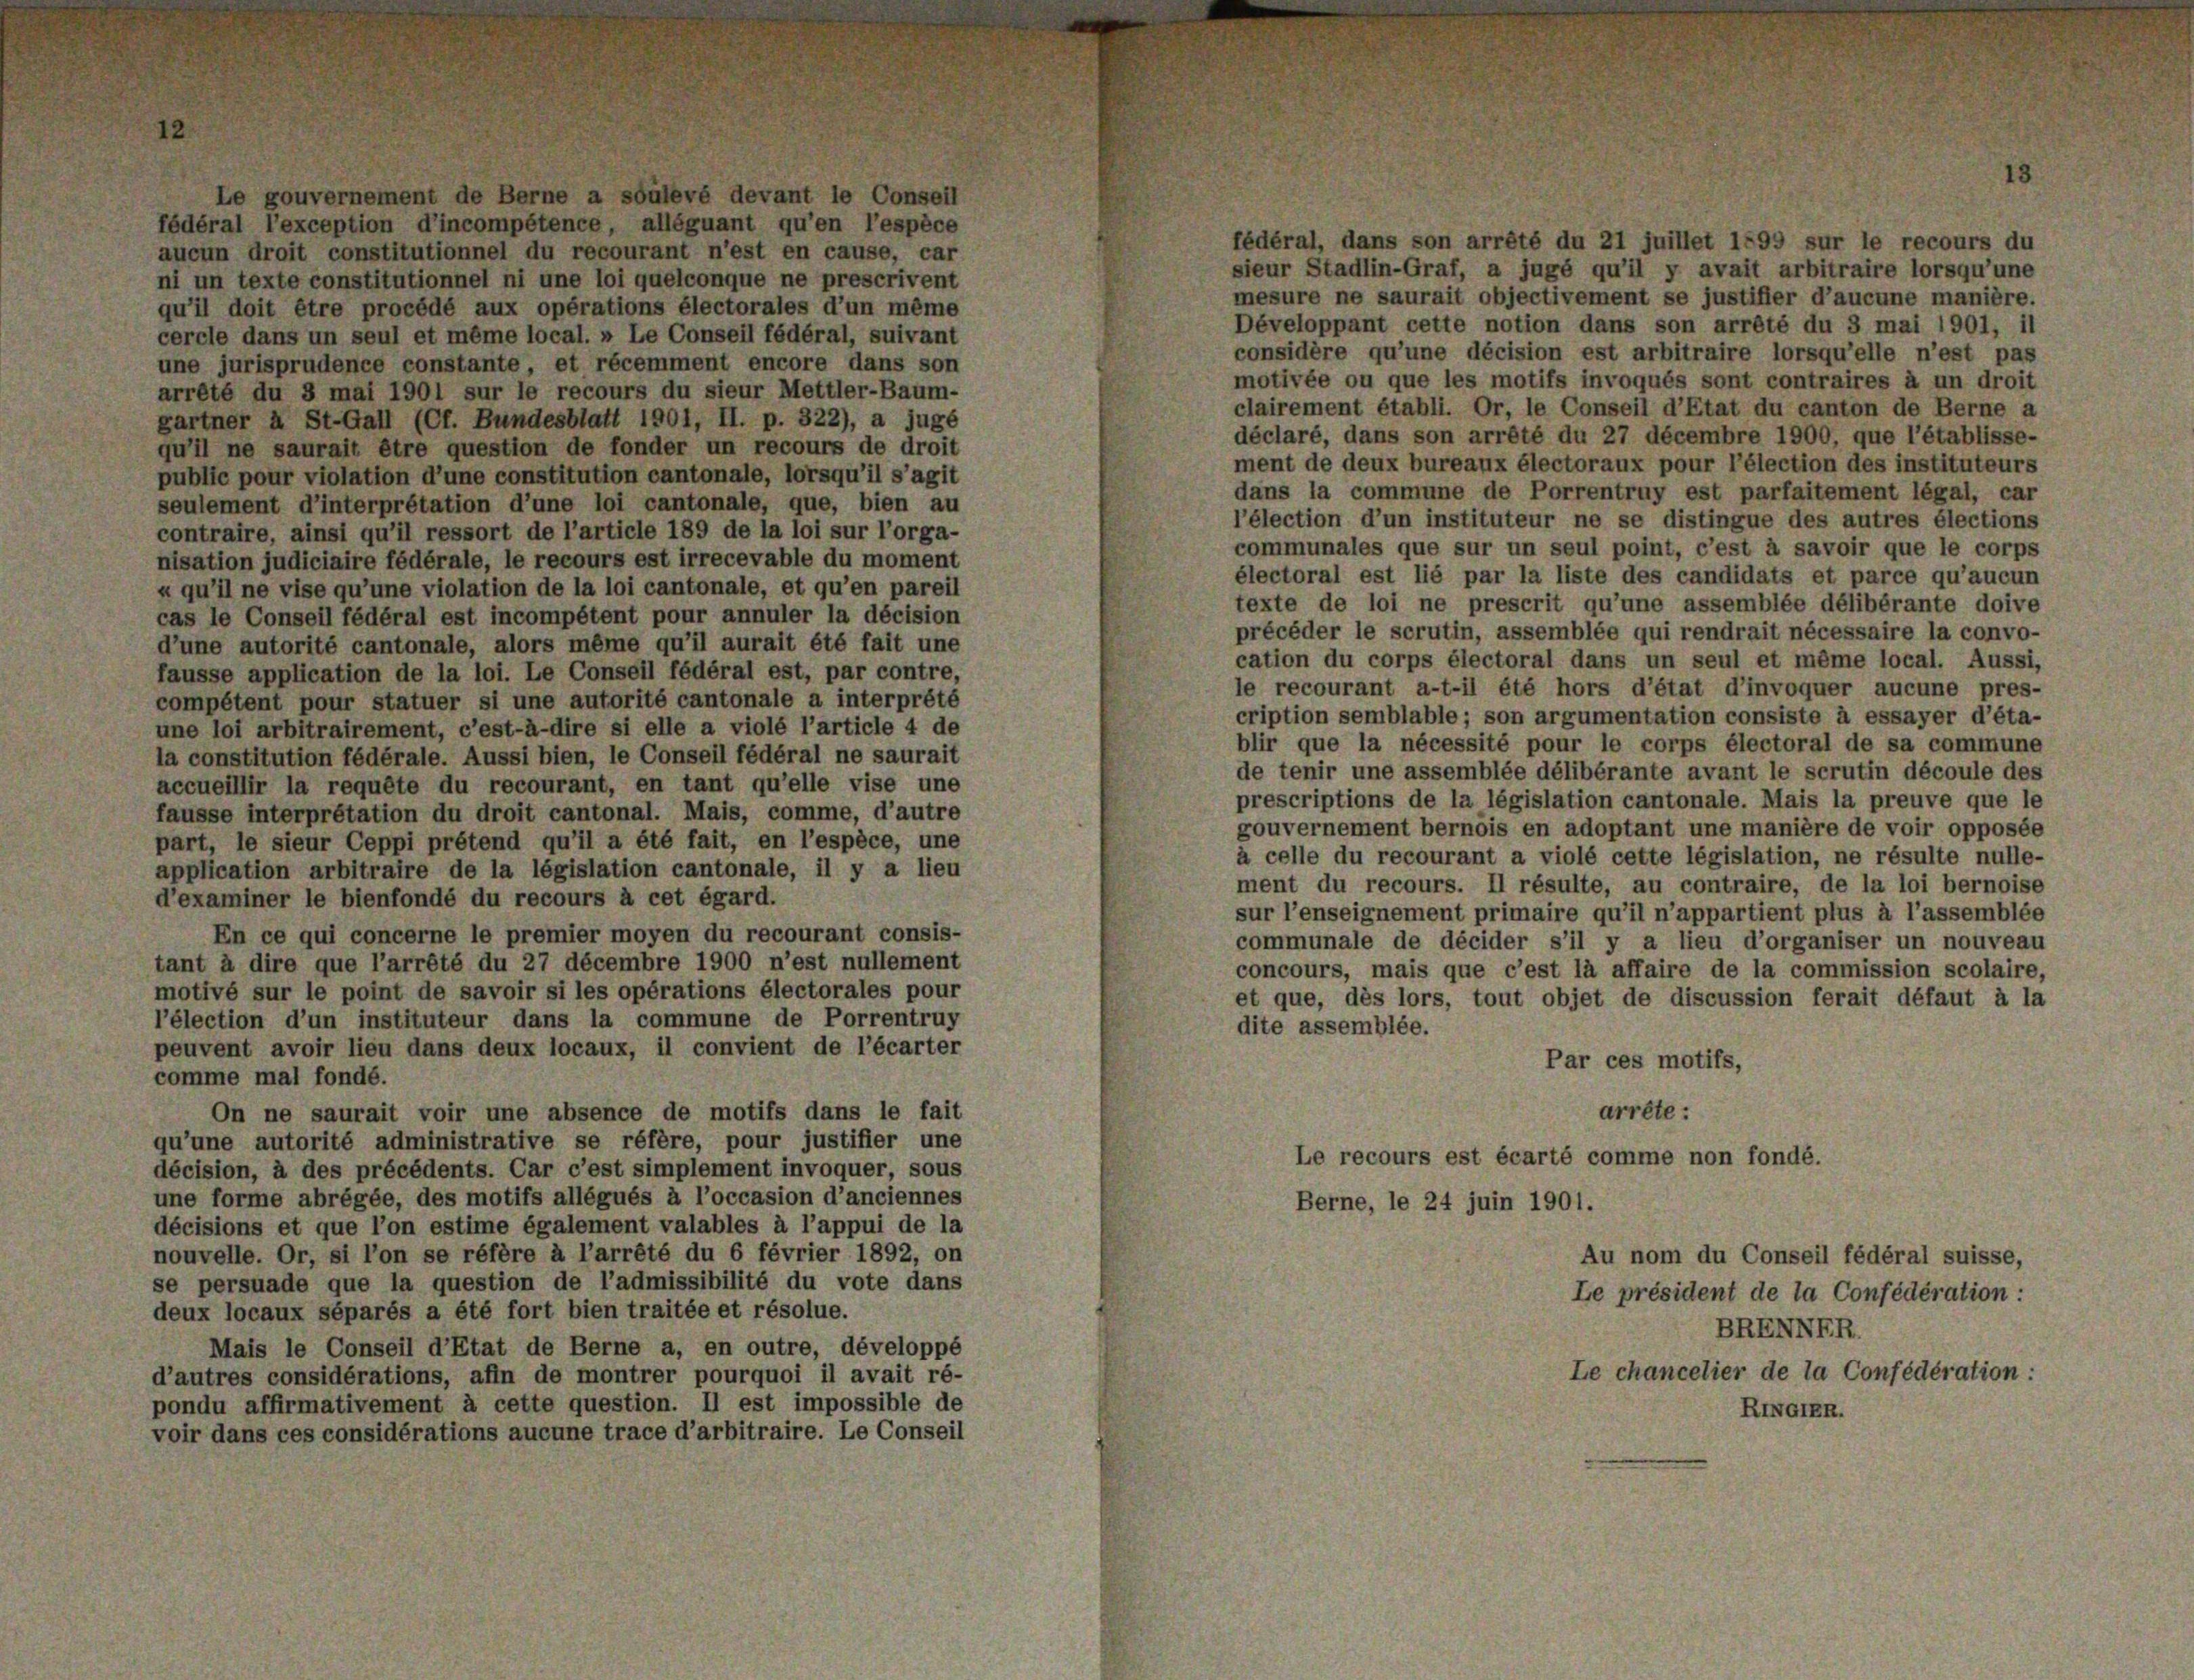
Le gouvernement de Berne a soulevé devant le Conseil
fédéral l’exception d’incompétence, alléguant qu’en l’espèce
fédéral, dans son arrêté du 21 juillet 1595 sur le recours du
aucun droit constitutionnel du recourant n’est en cause, car
sieur Stadlin-Graf, a jugé qu’il y avait arbitraire lorsqu’une
ni un texte constitutionnel ni une loi quelconque ne prescrivent
mesure ne saurait objectivement se justifier d’aucune manière.
qu’il doit être procédé aux opérations électorales d’un même
Développant cette notion dans son arrêté du 3 mai 1901, il
cercle dans un seul et même local. » Le Conseil fédéral, suivant
considère qu’une décision est arbitraire lorsqu’elle n’est pas
une jurisprudence constante et récemment encore dans son
motivée ou que les motifs invoqués sont contraires à un droit
arrêté du 3 mai 1901 sur le recours du sieur Mettler-Baum-
clairement établi. Or, le Conseil d’Etat du canton de Berne a
gartner à St.Gall (Ct. Bundesblatt 1901, II. p. 322), a jugé
déclaré, dans son arrété du 27 décembre 1900, que l’établisse-
qu’il ne saurait être question de fonder un recours de droit
ment de deux bureaux électoraux pour l’élection des instituteurs
public pour violation d’une constitution cantonale, lorsqu’il s’agit
dans la commune de Porrentruy est parfaitement légal, car
seulement d’interprétation d’une loi cantonale, que, bien au
l’élection d’un instituteur ne se distingue des autres élections
contraire, ainsi qu’il ressort de l’article 189 de la loi sur l’orga-
communales que sur un seul point, c’est à savoir que le corps
nisation judiciaire fédérale, le recours est irrecevable du moment
électoral est lié par la liste des candidats et parce qu’aucun
u qu’il ne vise qu’une violation de la loi cantonale, et qu’en pareil
texte de loi ne prescrit qu’une assemblée délibérante doive
cas le Conseil fédéral est incompétent pour annuler la décision
précéder le scrutin, assemblée qui rendrait nécessaire la convo-
d’une autorité cantonale, alors même qu’il aurait été fait une
cation du corps électoral dans un seul et même local. Aussi,
fausse application de la loi. Le Conseil fédéral est, par contre,
le recourant a-t-il été hors d’état d’invoquer aucune pres-
compétent pour statuer si une autorité cantonale a interprété
cription semblable; son argumentation consiste à essayer d’éta-
une loi arbitrairement, c’est-à-dire si elle a violé l’article 4 de
blir que la nécessité pour le corps électoral de sa commune
la constitution fédérale. Aussi bien, le Conseil fédéral ne saurait
de tenir une assemblée délibérante avant le scrutin découle des
accueillir la requête du recourant, en tant qu’elle vise une
prescriptions de la législation cantonale. Mais la preuve que le
fausse interpretation du droit cantonal. Mais, comme, d’autre
gouvernement bernois en adoptant une manière de voir opposée
part, le sieur Ceppi prétend qu’il a été fait, en l’espèce, une
à celle du recourant a violé cette législation, ne résulte nulle-
application arbitraire de la législation cantonale, il y a lieu
ment du recours. Il résulte, au contraire, de la loi bernoise
d’examiner le bienfondé du recours à cet égard.
sur l’enseignement primaire qu’il n’appartient plus à l’assemblée
En ce qui concerne le premier moyen du recourant consis-
communale de décider s’il y a lieu d’organiser un nouveau
tant à dire que l’arrété du 27 décembre 1900 n’est nullement
concours, mais que c’est là affaire de la commission scolaire,
motivé sur le point de savoir si les opérations électorales pour
et que, dès lors, tout objet de discussion ferait défaut à la
l’élection d’un instituteur dans la commune de Porrentruy
dite assemblée.
peuvent avoir lieu dans deux locaux, il convient de l’écarter
Par ces motifs,
comme mal fondé.
arrête:
On ne saurait voir une absence de motifs dans le fait
qu’une autorité administrative se réfère, pour justifier une
Le recours est écarté comme non fondé.
décision, à des précédents. Car c’est simplement invoquer, sous
une forme abrégée, des motifs allégués à l’occasion d’anciennes
Berne, le 24 juin 1901.
décisions et que l’on estime également valables à l’appui de la
nouvelle. Or, si l’on se réfère à l’arrêté du 6 février 1892, on
Au nom du Conseil fédéral suisse,
se persuade que la question de l’admissibilité du vote dans
Le président de la Confédération :
deux locaux séparés a été fort bien traitée et résolue.
BRENNFR
Mais le Conseil d’Etat de Berne a, en outre, développé
Le chancelier de la Confédération:
d’autres considérations, afin de montrer pourquoi il avait ré-
pondu affirmativement à cette question. Il est impossible de
RINGIER.
voir dans ces considérations aucune trace d’arbitraire. Le Conseil